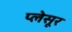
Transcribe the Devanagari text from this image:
प्लेसूर